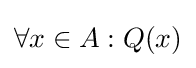
\forall x\in A:Q(x)